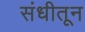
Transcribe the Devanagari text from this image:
संधीतून